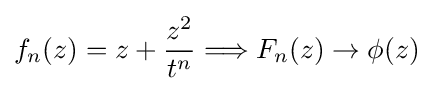
f_{n}(z)=z+{\frac {z^{2}}{t^{n}}}\Longrightarrow F_{n}(z)\to \phi (z)